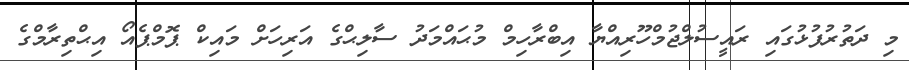
މި ދަތުރުފުޅުގައި ރައީސުލްޖުމްހޫރިއްޔާ އިބްރާހިމް މުޙައްމަދު ސާލިޙްގެ އަރިހަށް މައިކް ޕޮމްޕެއޯ އިޙްތިރާމްގެ